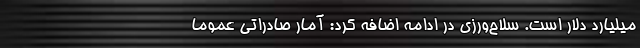
میلیارد دلار است. سلاح‌ورزی در ادامه اضافه کرد:‌ آمار صادراتی عموما